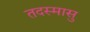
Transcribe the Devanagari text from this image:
तदस्मासु